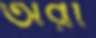
অঁরা